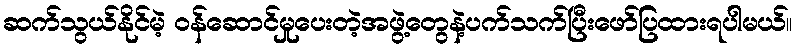
ဆက်သွယ်နိုင်မဲ့ ဝန်ဆောင်မှုပေးတဲ့အဖွဲ့တွေနဲ့ပက်သက်ပြီးဖော်ပြထားရပါမယ်။